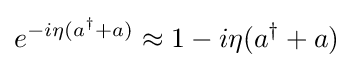
e^{-i\eta (a^{\dagger }+a)}\approx 1-i\eta (a^{\dagger }+a)